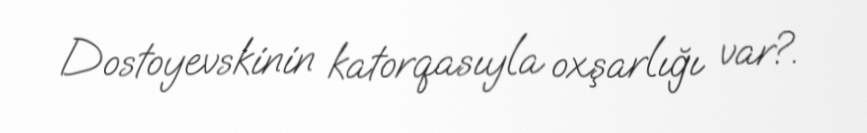
Dostoyevskinin katorqasıyla oxşarlığı var?.